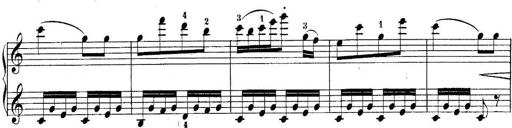
Title: 10 Sonatines progressives
Composer: Anton Schmoll